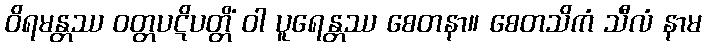
ဝိရမန္တဿ ဝတ္တပဋိပတ္တိံ ဝါ ပူရေန္တဿ စေတနာ။ စေတသိကံ သီလံ နာမ